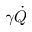
\gamma \dot { Q }